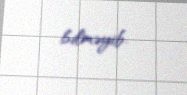
bilməyib.